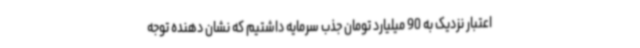
اعتبار نزدیک به 90 میلیارد تومان جذب سرمایه داشتیم که نشان دهنده توجه